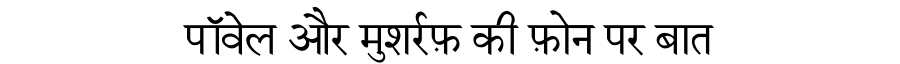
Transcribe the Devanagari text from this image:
पॉवेल और मुशर्रफ़ की फ़ोन पर बात